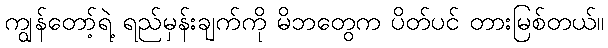
ကျွန်တော့်ရဲ့ ရည်မှန်းချက်ကို မိဘတွေက ပိတ်ပင် တားမြစ်တယ်။